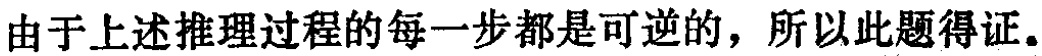
由于上述推理过程的每一步都是可逆的，所以此题得证。